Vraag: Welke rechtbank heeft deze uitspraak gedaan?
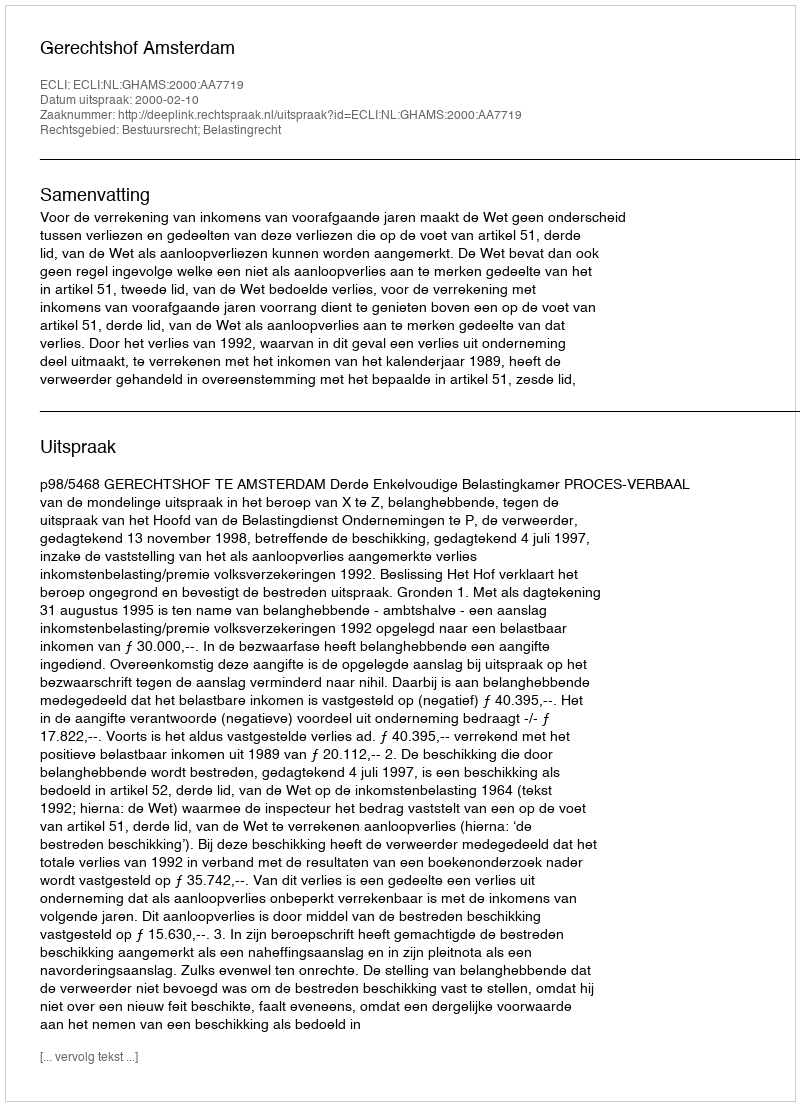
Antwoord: Gerechtshof Amsterdam